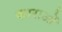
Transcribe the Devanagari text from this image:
काराओं